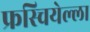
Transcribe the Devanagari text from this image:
फ्रस्चियेल्ला